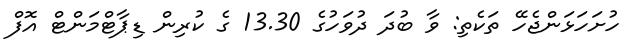
ހުށަހަޅަންޖެހޭ ތަކެތި: ވާ ބުދަ ދުވަހުގެ 13.30 ގެ ކުރިން ޑިޕާޓްމަންޓް އޮފް